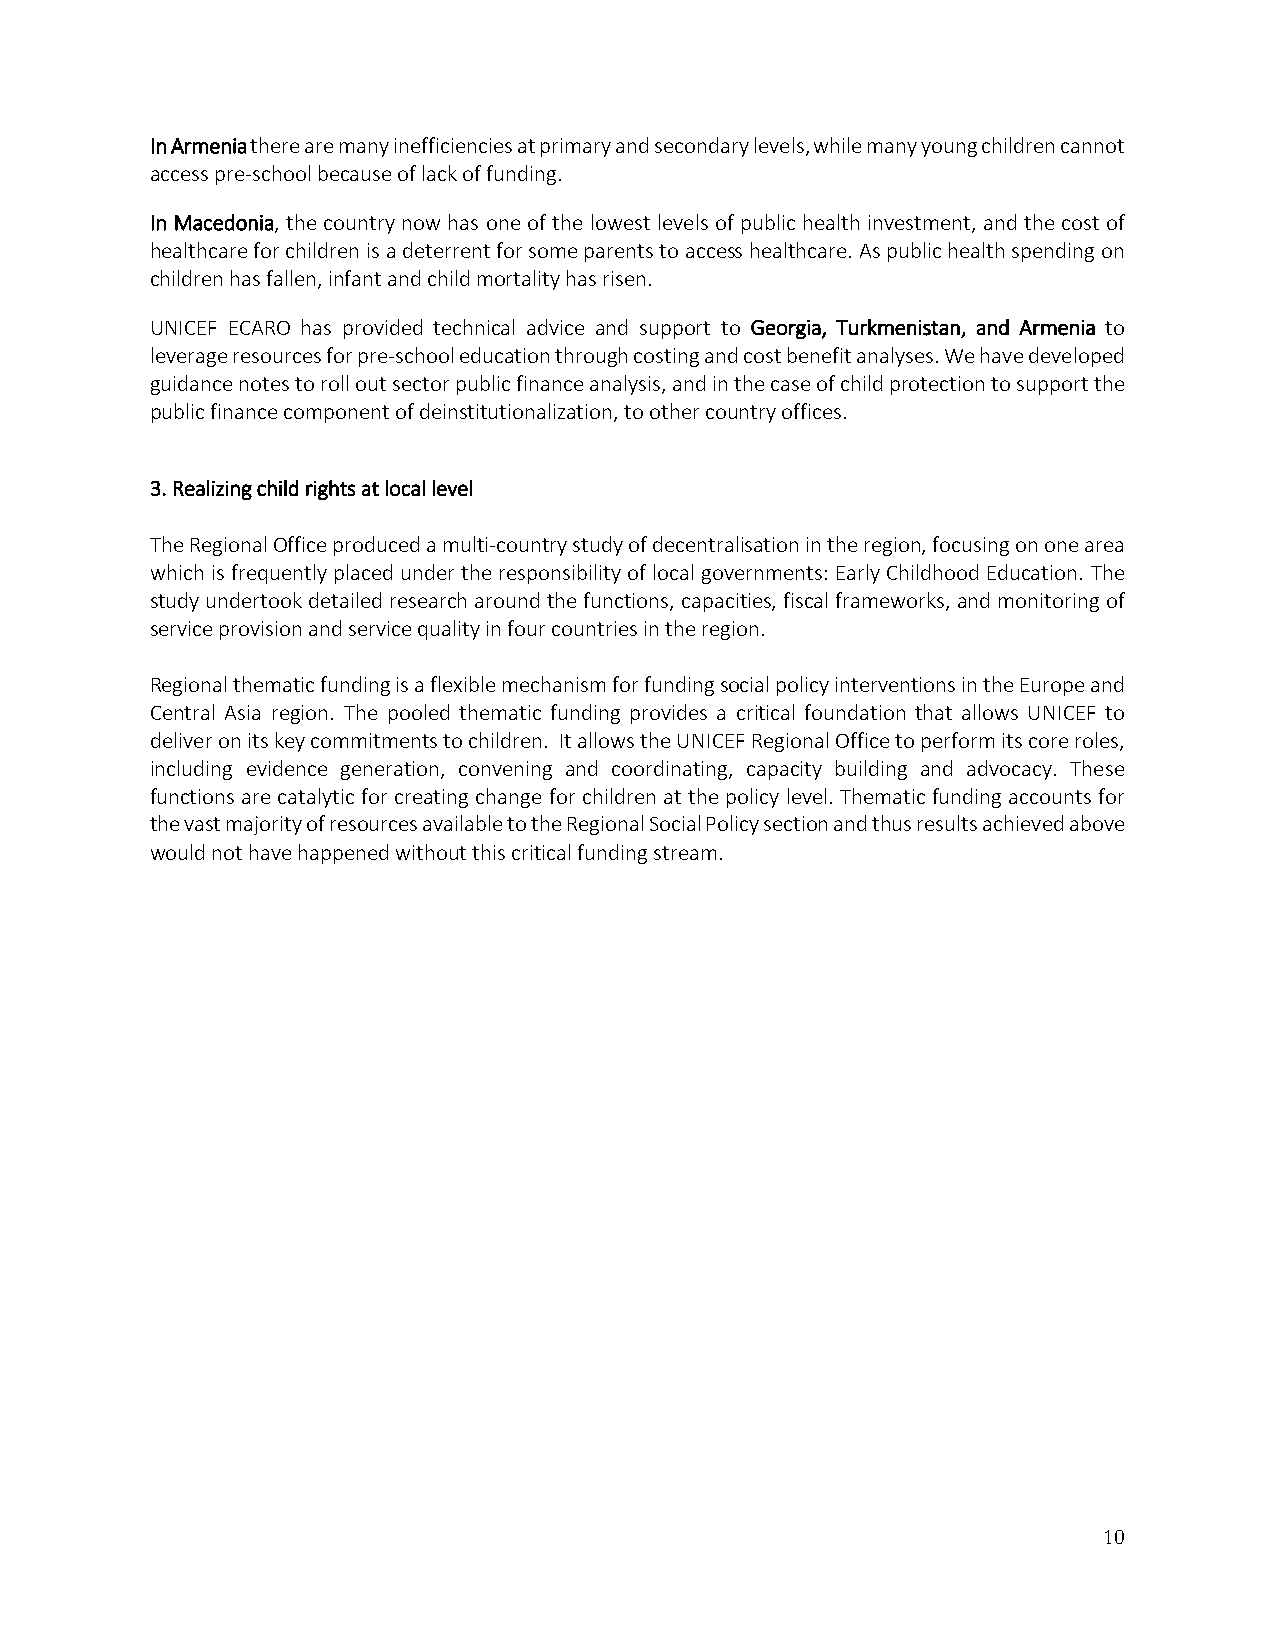
In Armenia there are many inefficiencies at primary and secondary levels, while many young children cannot
 access pre‐school because of lack of funding.
 In Macedonia, the country now has one of the lowest levels of public health investment, and the cost of
 healthcare for children is a deterrent for some parents to access healthcare. As public health spending on
 children has fallen, infant and child mortality has risen.
 UNICEF ECARO has provided technical advice and support to Georgia, Turkmenistan, and Armenia to
 leverage resources for pre‐school education through costing and cost benefit analyses. We have developed
 guidance notes to roll out sector public finance analysis, and in the case of child protection to support the
 public finance component of deinstitutionalization, to other country offices.
 3. Realizing child rights at local level
 The Regional Office produced a multi‐country study of decentralisation in the region, focusing on one area
 which is frequently placed under the responsibility of local governments: Early Childhood Education. The
 study undertook detailed research around the functions, capacities, fiscal frameworks, and monitoring of
 service provision and service quality in four countries in the region.
 Regional thematic funding is a flexible mechanism for funding social policy interventions in the Europe and
 Central Asia region. The pooled thematic funding provides a critical foundation that allows UNICEF to
 deliver on its key commitments to children. It allows the UNICEF Regional Office to perform its core roles,
 including evidence generation, convening and coordinating, capacity building and advocacy. These
 functions are catalytic for creating change for children at the policy level. Thematic funding accounts for
 the vast majority of resources available to the Regional Social Policy section and thus results achieved above
 would not have happened without this critical funding stream.
 10